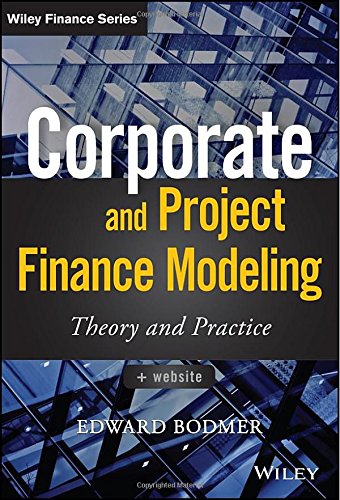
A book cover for Corporate and Project Finance Modeling: Theory and Practice (Wiley Finance); Edward Bodmer; Business & Money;